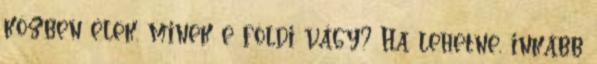
közben élek. minek e földi vágy? Ha lehetne, inkább